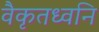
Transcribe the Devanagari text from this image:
वैकृतध्वनि